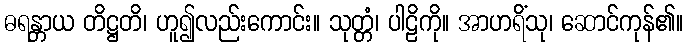
ဓရန္တာယ တိဋ္ဌတိ၊ ဟူ၍လည်းကောင်း။ သုတ္တံ၊ ပါဠိကို။ အာဟရိံသု၊ ဆောင်ကုန်၏။